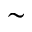
\sim